Civil Veterinary Dept. Bombay admin report 1900-1906 - 1900-1906
Year: 1900
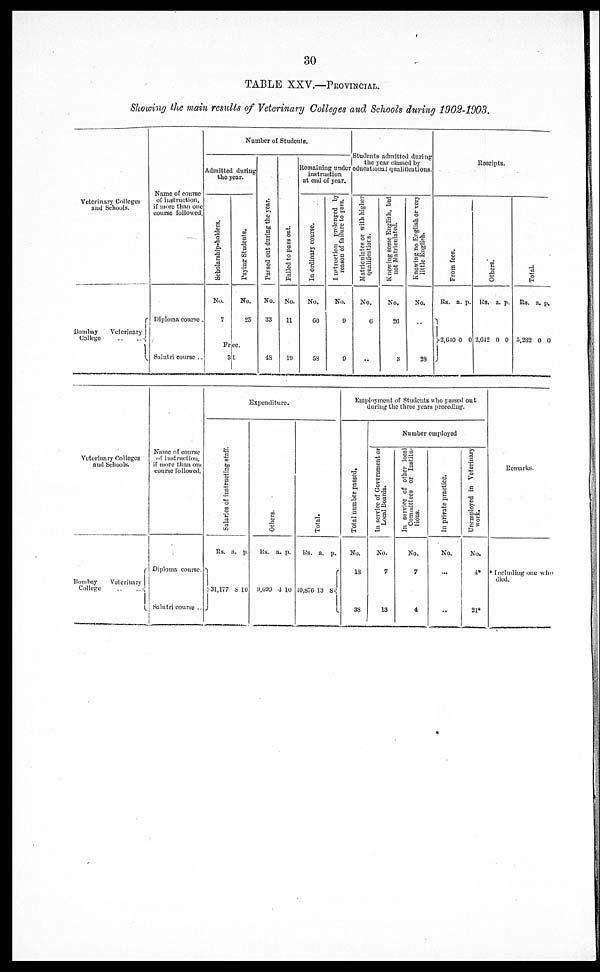
30
TABLE XXV.—PROVINCIAL.
Showing the main results of Veterinary Colleges and Schools during 1902-1903.
Veterinary Colleges
and Schools.
Bombay
Veterinary
College … …
Name of course
of instruction,
if more than one
course followed.
Diploma course
Salatri course ..
Number of Students.
Admitted during
the year.
Scholarship-holders.
No.
7
Paying Students.
No.
25
Free.
31
Passed out during the year.
No.
33
48
Failed to pass out.
No.
11
19
Remaining under
instruction
at end of year.
In ordinary course.
No.
60
OS
Instruction
prolenged by
reason
of failure to pass.
No.
9
0
Students admitted during
the year classed by
educational quallifications.
Matriculates or with higher
qualifications.
No.
6
..
Knowing some English, but
not Matriculated.
No.
20
3
Knowing no English or very
little English.
No.
29
Receipts.
From fees.
Rs. a. p.
2,610 0 0
Others.
Rs. a. p.
2,012 0 0
Total.
Its. a. p.
5,282 0 0
Veterinary Colleges
and Schools.
Bombay
Veterinary
College … …
Name of course
of instruction,
if more than one
course followed.
Diploma course.
Salutri course ..
Expenditure.
Sal ar i
es of instructing staff.
Rs. a. p.
31,177 8 10
Others.
Rs. a. p.
9,699 4 10
Total.
Rs. a. p.
40,876 13 8
Employment of Students who passed out
during the three years preceding.
Number employed
Total number passed.
No.
18
38
In service of Government or
Local Boards.
No.
7
13
In service of other local
Committees or Institu-
tions.
No.
7
4
In private practice.
No.
…
…
Unemployed
in Veterinary
work.
No.
4*
21*
Remarks.
* Including one who
died.